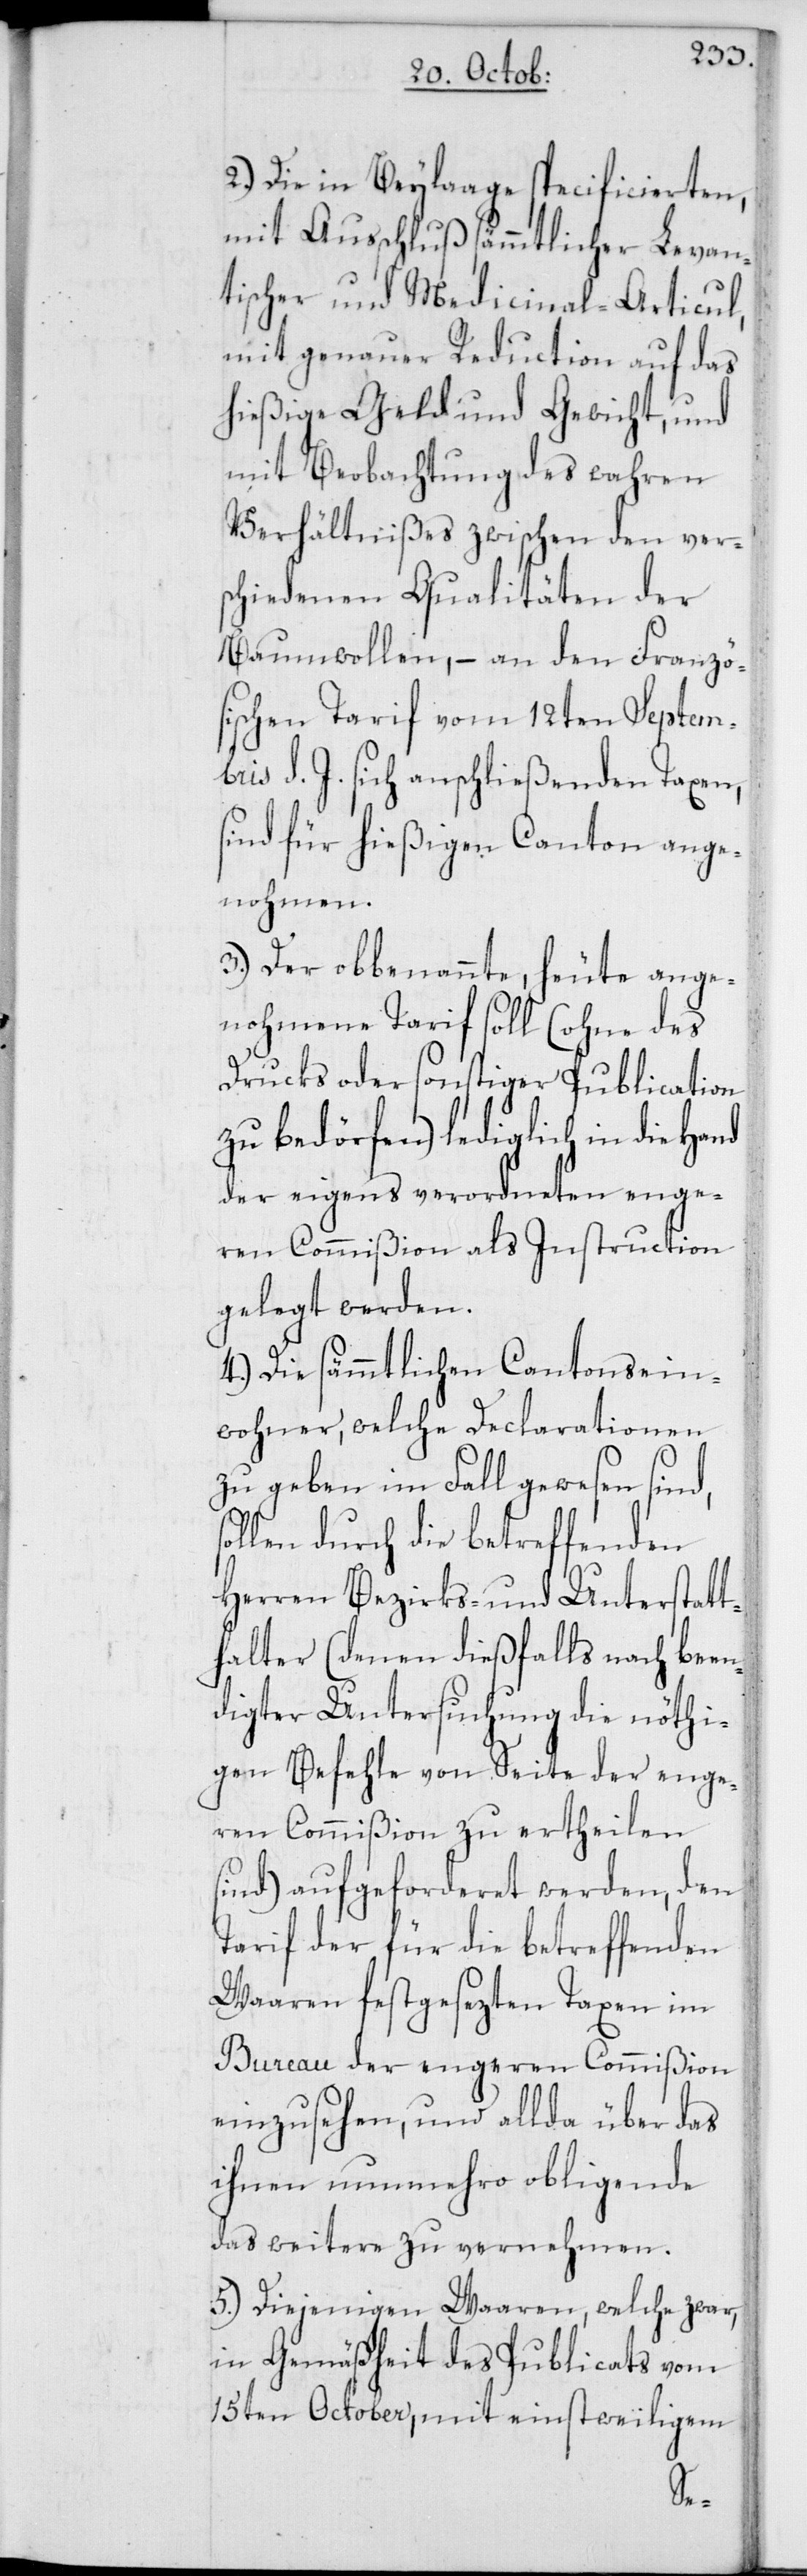
2. Die in Beylaage specificierten,
mit Ausschluß sämmtlicher Levan¬
tischer und Medicinal-Articul,
mit genauer Reduction auf das
hießige Geld und Gewicht, und
mit Beobachtung des wahren
Verhältnißes zwischen den vers¬
chiedenen Qualitäten der
Baumwollen, – an den Franzö¬
sischen Tarif vom 12ten Septem¬
bris d. J. sich anschließenden Taxen,
sind für hießigen Canton ange¬
nohmen.
3. Der obbenannte, heute ange¬
nohmene Tarif soll (ohne des
Drucks oder sonstiger Publication
zu bedörfen) lediglich in die Hand
der eigens verordneten enge¬
ren Commißion als Instruction
gelegt werden.
4. Die sämmtlichen Cantonsein¬
wohner, welche Declarationen
zu geben im Fall gewesen sind,
sollen durch die betreffenden
Herren Bezirks- und Unterstatt¬
halter (denen dießfalls nach been¬
digter Untersuchung die nöthi¬
gen Befehle von Seite der enge¬
ren Commißion zu ertheilen
sind) aufgeforderet werden, den
Tarif der für die betreffenden
Waaren festgesezten Taxen im
Bureau der engeren Commißion
einzusehen, und allda über das
ihnen nunmehro obliegende
das weitere zu vernehmen.
5. Diejenigen Waaren, welche zwar,
in Gemäßheit des Publicats vom
15ten October, mit einstweiligem